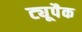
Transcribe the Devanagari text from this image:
ट्यूपैक